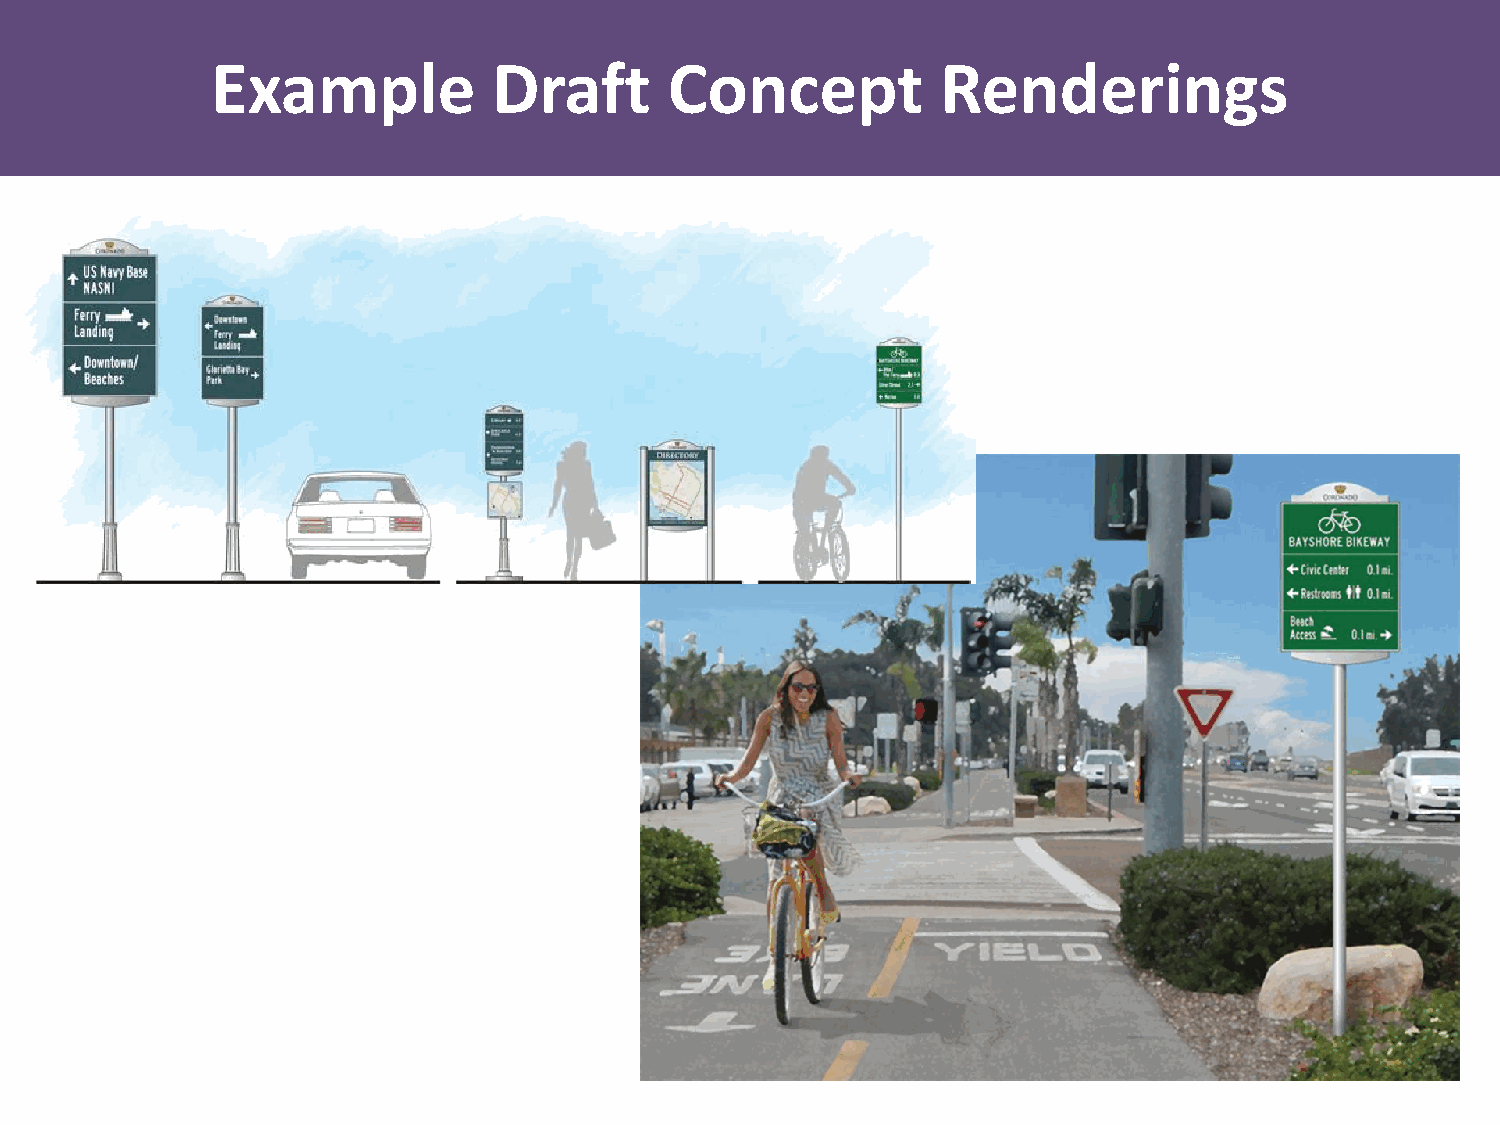
Example            Draft      Concept           Renderings
 City of Coronado, CA
 Family of Signs